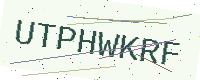
Text: UTPHWKRF